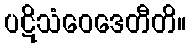
ပဋိသံဝေဒေတီတိ။